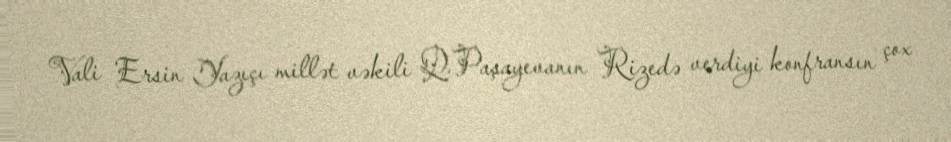
Vali Ersin Yazıçı millət vəkili Q.Paşayevanın Rizedə verdiyi konfransın çox